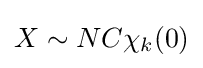
X\sim NC\chi _{k}(0)